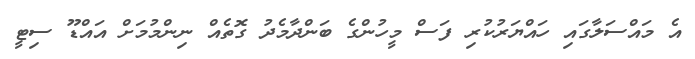
އެ މައްސަލާގައި ހައްޔަރުކުރި ފަސް މީހުންގެ ބަންދާމެދު ގޮތެއް ނިންމުމަށް އައްޑޫ ސިޓީ